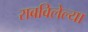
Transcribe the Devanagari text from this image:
राबविलेल्या